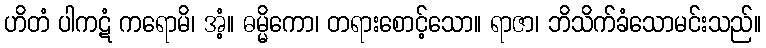
ဟိတံ ပါကဋံ ကရောမိ၊ အံ့။ ဓမ္မိကော၊ တရားစောင့်သော။ ရာဇာ၊ ဘိသိက်ခံသောမင်းသည်။